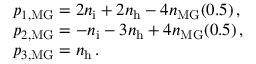
\begin{array} { r l } & { p _ { 1 , \mathrm { M G } } = 2 n _ { \mathrm { i } } + 2 n _ { \mathrm { h } } - 4 n _ { \mathrm { M G } } ( 0 . 5 ) \, , } \\ & { p _ { 2 , \mathrm { M G } } = - n _ { \mathrm { i } } - 3 n _ { \mathrm { h } } + 4 n _ { \mathrm { M G } } ( 0 . 5 ) \, , } \\ & { p _ { 3 , \mathrm { M G } } = n _ { \mathrm { h } } \, . } \end{array}